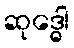
ဆုဒ္ဓေါ